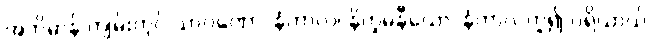
အဘိဓာန် ကျမ်းတွင် သာဝဏော၊ နံကာလ၊ နိက္ခမနီယော၊ နံကာလဟူ၍ ပရိယာယ်